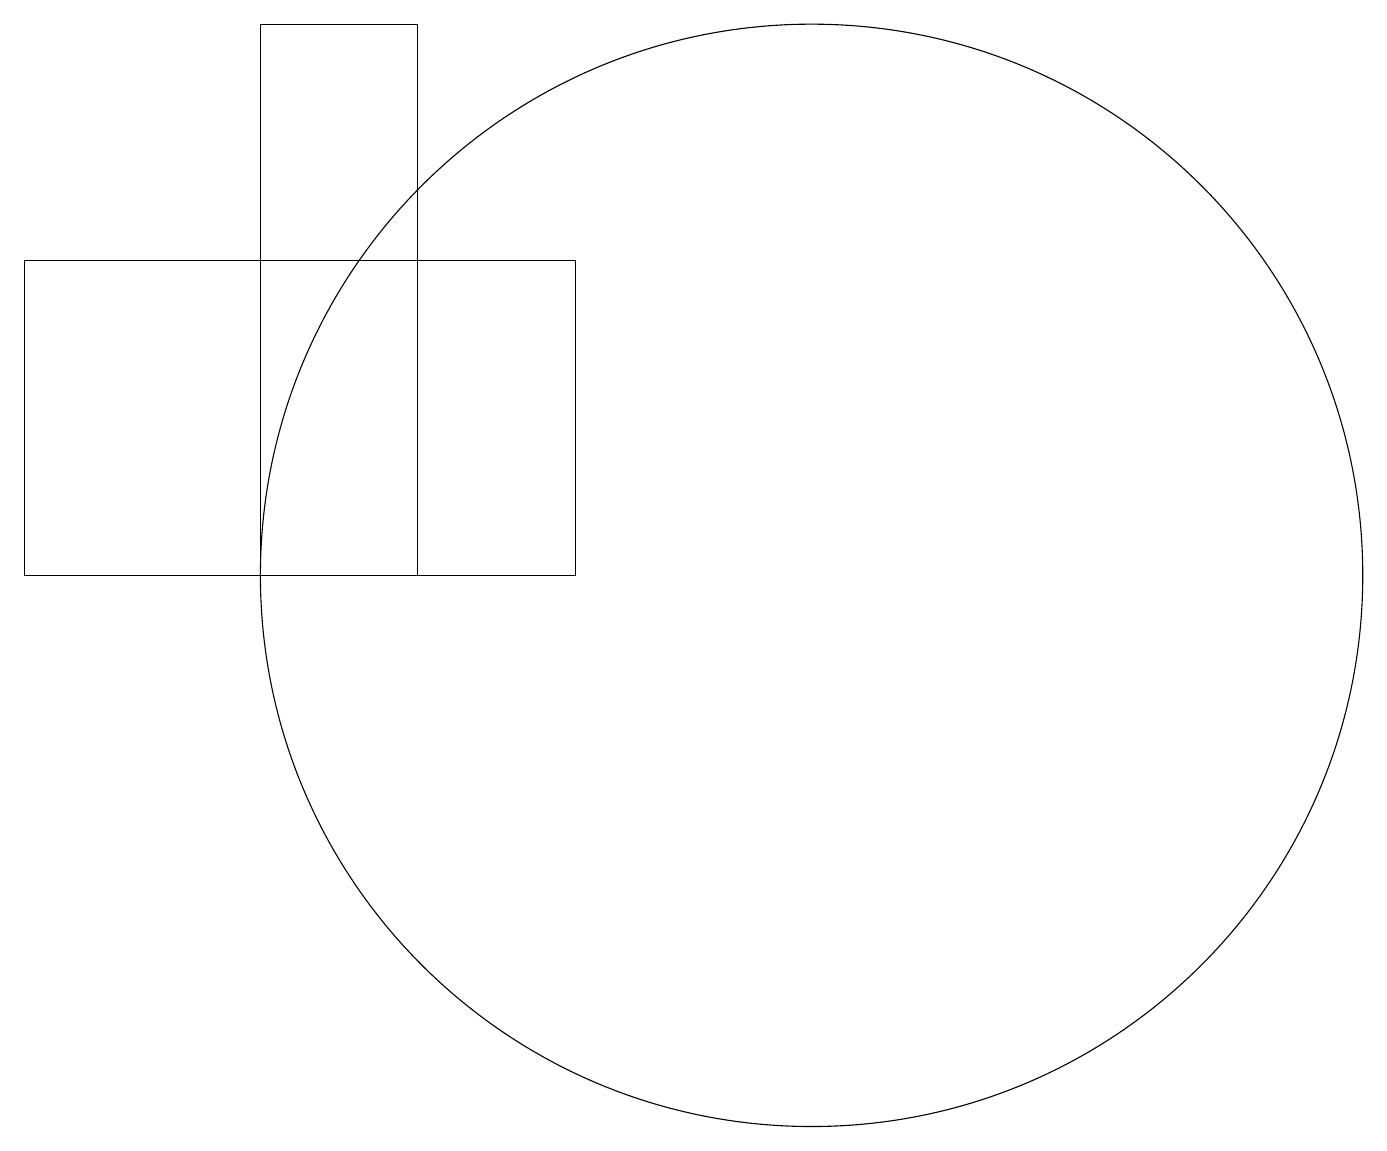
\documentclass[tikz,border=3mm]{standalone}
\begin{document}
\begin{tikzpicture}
\draw (6,10) rectangle (4,17);
\draw (8,14) rectangle (1,10);
\draw (11,10) circle (7);
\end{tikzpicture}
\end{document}